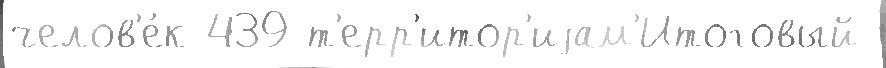
челов'е́к 439 т'ерр'итор'иjам'Итоговый